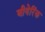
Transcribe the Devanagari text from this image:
बीयेरिंक